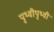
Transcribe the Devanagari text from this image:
पृथ्वीपृथ्वी